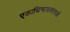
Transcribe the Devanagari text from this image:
एकाधिनायकताओं